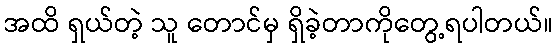
အထိ ရှယ်တဲ့ သူ တောင်မှ ရှိခဲ့တာကိုတွေ့ရပါတယ်။